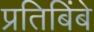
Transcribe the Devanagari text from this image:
प्रतिबिंबे